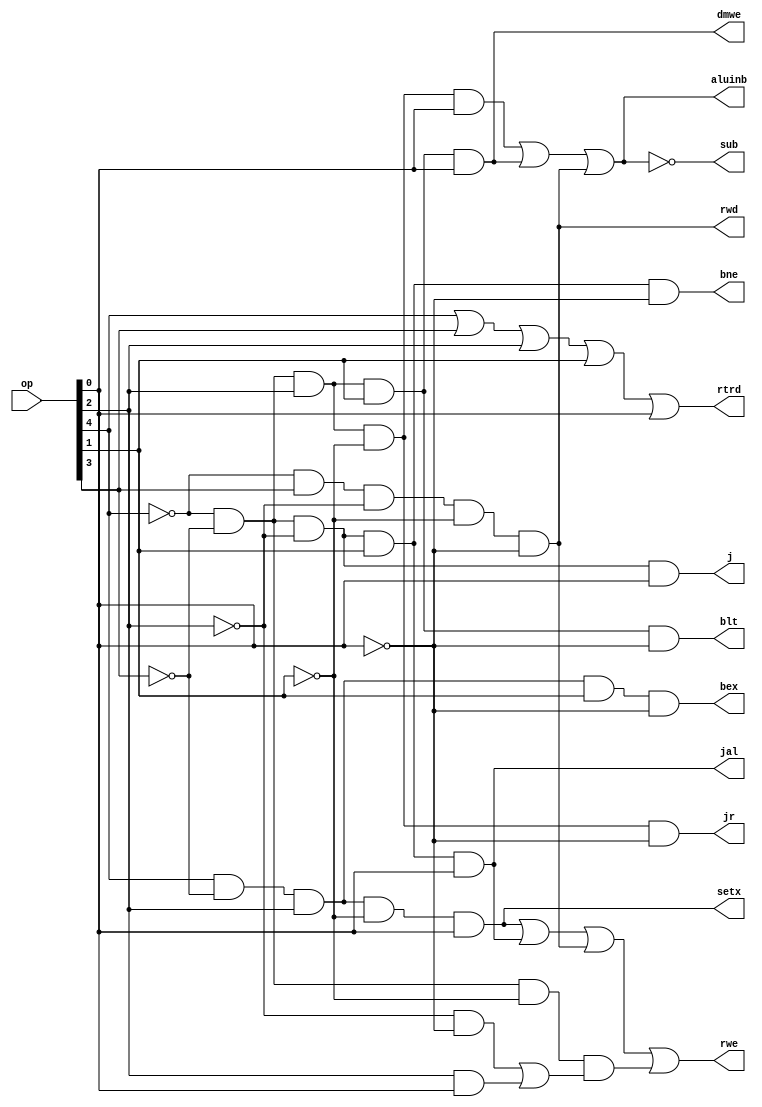
module control(op, rwe, aluinb, dmwe, rwd, rtrd, j, bne, jal, jr, bex, blt, setx, sub);
	input [4:0] op;
	output rwe, aluinb, dmwe, rwd, rtrd, j, bne, jal, jr, bex, blt, setx, sub;
		
	assign dmwe = ~op[4] & ~op[3] & op[2] & op[1] & op[0];
	assign rwd = ~op[4] & op[3] & ~op[2] & ~op[1] & ~op[0];
	assign rtrd = op[4] | op[3] | op[2] | op[1] | op[0];
	assign j = ~op[4] & ~op[3] & ~op[2] & op[0];
	assign bne = ~op[4] & ~op[3] & ~op[2] & op[1] & ~op[0];
	assign jal = ~op[4] & ~op[3] & ~op[2] & op[1] & op[0];
	assign jr = ~op[4] & ~op[3] & op[2] & ~op[1] & ~op[0];
	assign bex = op[4] & ~op[3] & op[2] & op[1] & ~op[0];
	assign blt  = ~op[4] & ~op[3] & op[2] & op[1] & ~op[0];
	assign setx = op[4] & ~op[3] & op[2] & ~op[1] & op[0];
	assign aluinb = (~op[4] & ~op[3] & op[2] & ~op[1] & op[0]) | dmwe | rwd;
	assign sub = ~aluinb;
	assign rwe = setx | jal | rwd | (~op[4] & ~op[3] & ~op[1] & ((~op[2] & ~op[0]) | (op[2] & op[0])));
	
endmodule